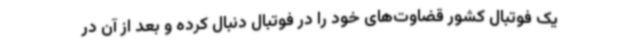
یک فوتبال کشور قضاوت‌های خود را در فوتبال دنبال کرده و بعد از آن در